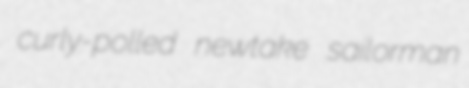
curly-polled newtake sailorman